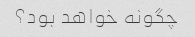
چگونه خواهد بود؟